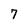
Character: 7